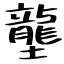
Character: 壟